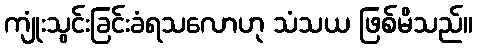
ကျုံးသွင်းခြင်းခံရသလောဟု သံသယ ဖြစ်မိသည်။